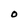
Character: O